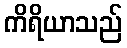
ကိရိယာသည်